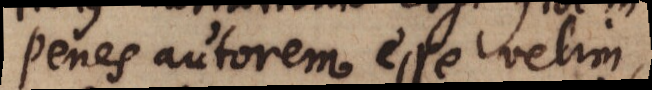
penes autorem esse velim,